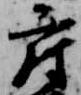
府